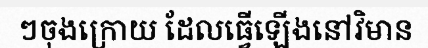
ៗចុងក្រោយ ដែលធ្វើឡើងនៅវិមាន